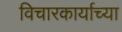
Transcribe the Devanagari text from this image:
विचारकार्याच्या